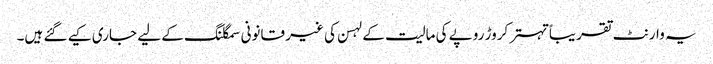
یہ وارنٹ تقریباً تہتر کروڑ روپے کی مالیت کے لہسن کی غیر قانونی سمگلنگ کے لیے جاری کیے گئے ہیں۔